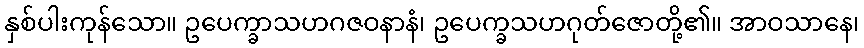
နှစ်ပါးကုန်သော။ ဥပေက္ခာသဟဂဇဝနာနံ၊ ဥပေက္ခသဟဂုတ်ဇောတို့၏။ အာဝသာနေ၊